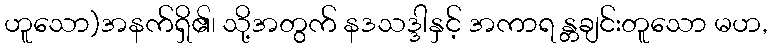
ဟူသော)အနက်ရှိ၏၊ သို့အတွက် နဒသဒ္ဒါနှင့် အကာရ န္တချင်းတူသော မဟ,